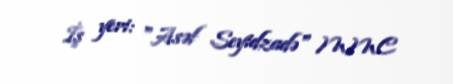
İş yeri: "Asəf Seyidzadə" MMC